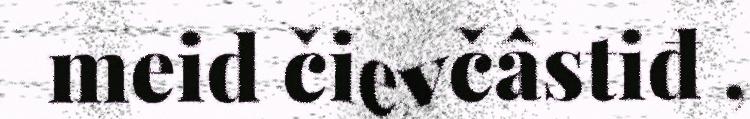
meid čievčâstiđ ,